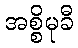
အစ္စိမုခီ